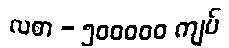
လစာ - ၅၀၀၀၀၀ ကျပ်